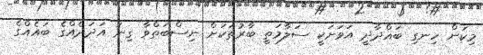
މިކަން ހިނގި ބަޣްދާދީ އަވަށަކީ ސަލާމަތީ ބާރުތަކަށް ނިސްބަތްވާ ގިނަ އަދަދެއްގެ ބައެއްގެ